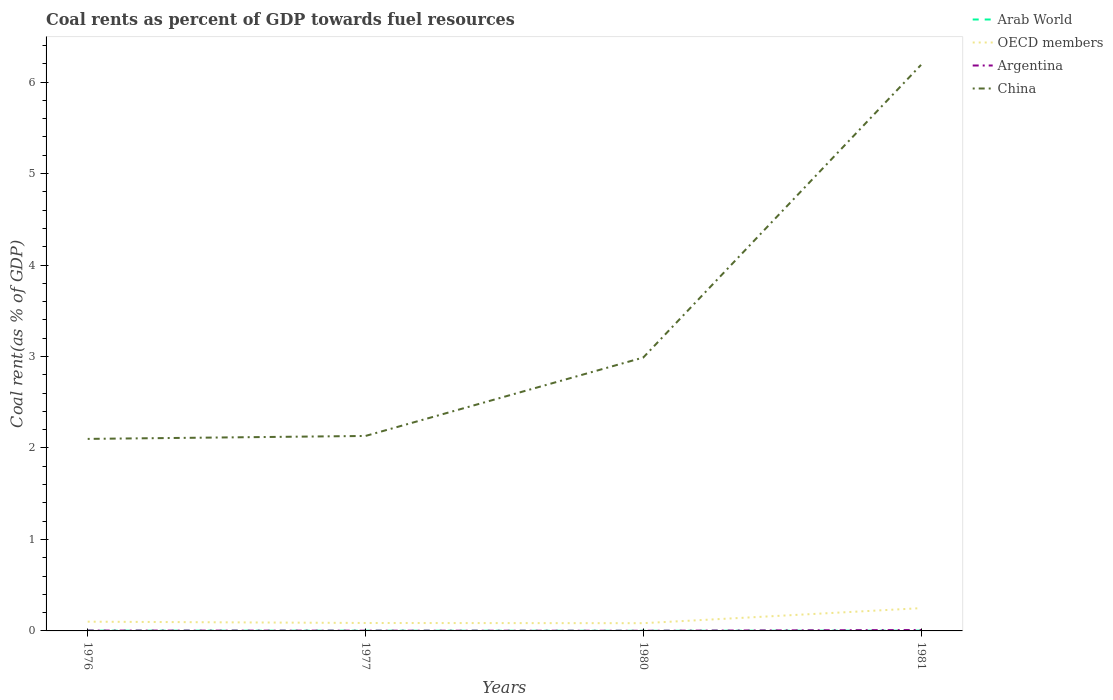
| Years | Arab World | OECD members | Argentina | China |
 | --- | --- | --- | --- | --- |
 | 1976 | 0.00281 | 0.101 | 0.00388 | 2.1 |
 | 1977 | 0.00244 | 0.0868 | 0.00271 | 2.13 |
 | 1980 | 0.00151 | 0.0846 | 0.00175 | 2.99 |
 | 1981 | 0.00321 | 0.249 | 0.00971 | 6.19 |